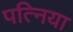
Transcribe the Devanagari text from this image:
पत्निया